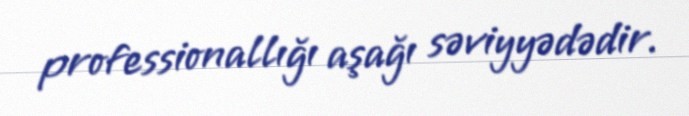
professionallığı aşağı səviyyədədir.